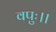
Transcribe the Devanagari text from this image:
वपुः।।